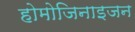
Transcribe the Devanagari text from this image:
होमोजिनाइजन